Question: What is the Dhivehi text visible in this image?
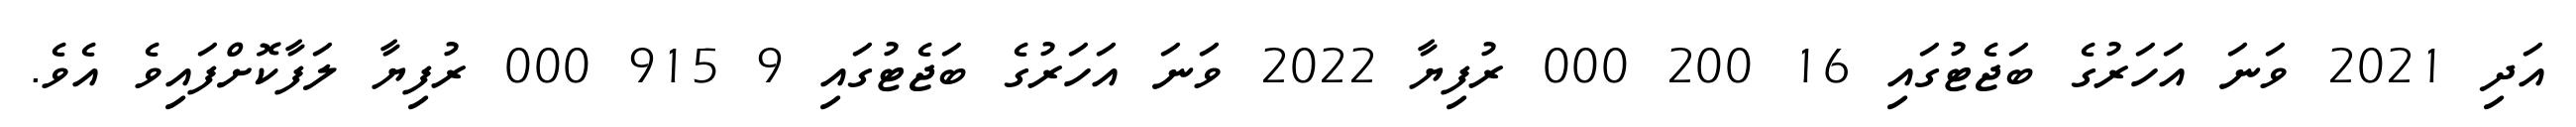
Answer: އަދި 2021 ވަނަ އަހަރުގެ ބަޖެޓުގައި 16 200 000 ރުފިޔާ 2022 ވަނަ އަހަރުގެ ބަޖެޓުގައި 9 915 000 ރުފިޔާ ލަފާކޮށްފައިވެ އެވެ.